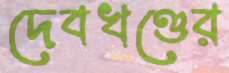
দেবখণ্ডের